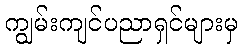
ကျွမ်းကျင်ပညာရှင်များမှ